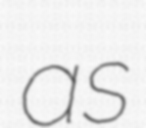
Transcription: as